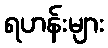
ရဟန်းများ